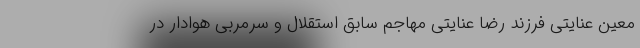
معین عنایتی فرزند رضا عنایتی مهاجم سابق استقلال و سرمربی هوادار در